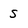
Character: S